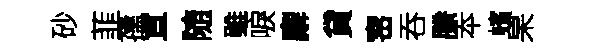
砂韮孺罝随雖唳廨貸宻吞縢夲蠙杲